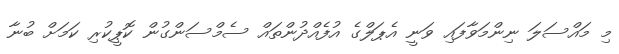
މި މައްސަލަ ނިންމަވާފައި ވަނީ އެޕަލްގެ އުފެއްދުންތައް ސެމްސަންގުން ކޮޕީކުރި ކަމަށް ބުނާ